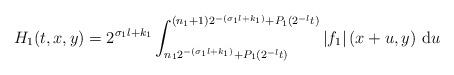
LaTeX: \begin{align*}H_1(t,x,y)=2^{\sigma_1 l+k_1}\int_{n_1 2^{-(\sigma_1 l+k_1)}+P_1(2^{-l}t)}^{(n_1+1)2^{-(\sigma_1 l+k_1)}+P_1(2^{-l}t)}|f_1|\left(x+u,y\right)\,\mathrm{d}u \end{align*}